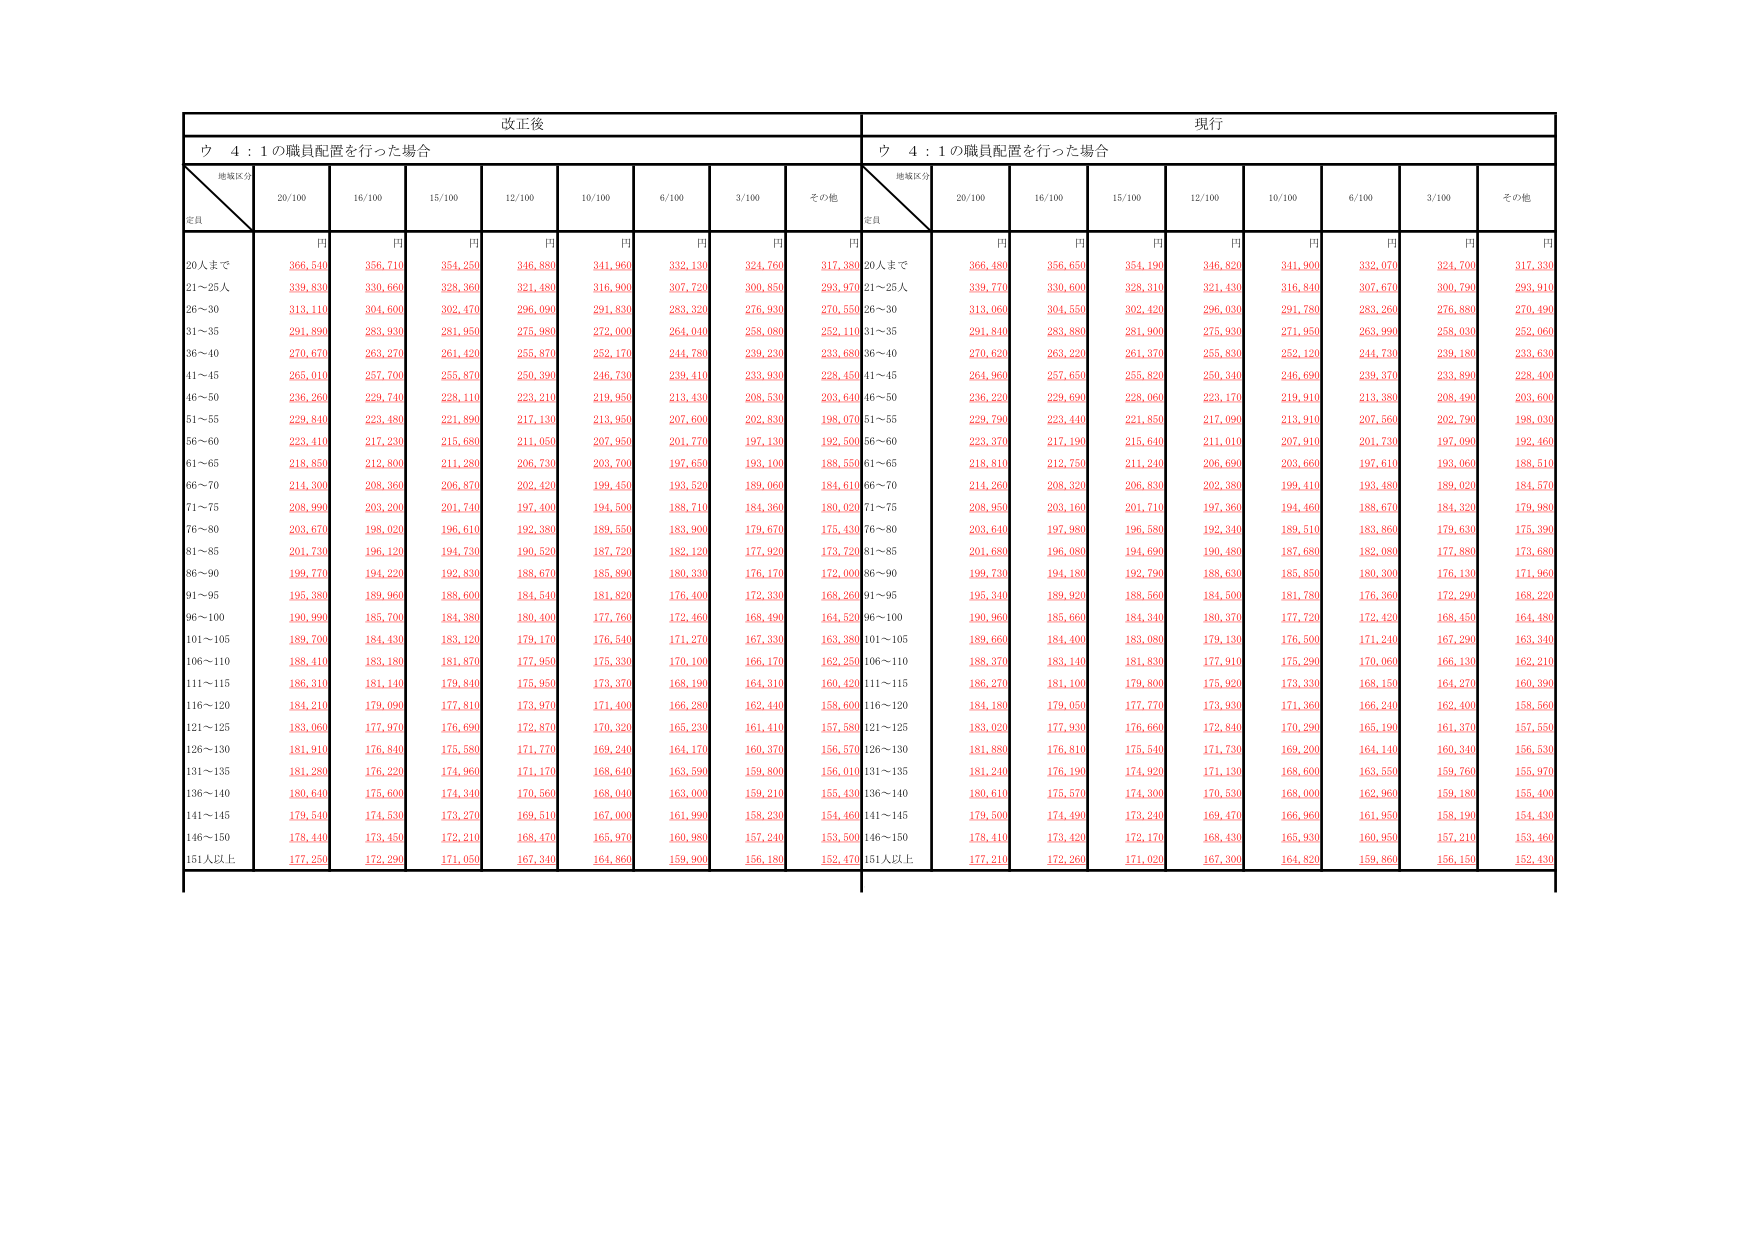
改正後
現行
ウ 4：1の職員配置を行った場合
ウ 4：1の職員配置を行った場合
地域区分
定員
20/100
16/100
15/100
12/100
10/100
6/100
3/100
その他
地域区分
定員
20/100
16/100
15/100
12/100
10/100
6/100
3/100
その他
円
円
円
円
円
円
円
円
円
円
円
円
円
円
円
円
円
円
20人まで
366,540
356,710
354,250
346,880
341,960
332,130
324,760
317,380
20人まで
366,480
356,650
354,190
346,820
341,900
332,070
324,700
317,330
21～25人
339,830
330,660
328,360
321,480
316,960
307,720
300,850
293,970
21～25人
339,770
330,600
328,310
321,430
316,840
307,670
300,790
293,910
26～30
313,110
304,600
302,470
296,090
291,830
283,320
276,930
270,550
26～30
313,060
304,550
302,420
296,030
291,780
283,260
276,880
270,490
31～35
291,890
283,930
281,950
275,980
272,000
264,040
258,080
252,110
31～35
291,840
283,880
281,900
275,930
271,950
263,990
258,030
252,060
36～40
270,670
263,270
261,420
255,870
252,170
244,780
239,230
233,680
36～40
270,620
263,220
261,370
255,830
252,120
244,730
239,180
233,630
41～45
265,010
257,700
255,870
250,390
246,730
239,410
233,930
228,450
41～45
264,960
257,650
255,820
250,340
246,690
239,370
233,890
228,400
46～50
236,260
229,740
228,110
223,210
219,950
213,430
208,530
203,640
46～50
236,220
229,690
228,060
223,170
219,910
213,380
208,490
203,600
51～55
229,840
223,480
221,890
217,130
213,950
207,600
202,830
198,070
51～55
229,790
223,440
221,850
217,090
213,910
207,560
202,790
198,030
56～60
223,410
217,230
215,680
211,050
207,950
201,770
197,130
192,500
56～60
223,370
217,190
215,640
211,010
207,910
201,730
197,090
192,460
61～65
218,850
212,800
211,280
206,730
203,700
197,650
193,100
188,550
61～65
218,810
212,750
211,240
206,690
203,660
197,610
193,060
188,510
66～70
214,300
208,360
206,870
202,420
199,450
193,520
189,060
184,610
66～70
214,260
208,320
206,830
202,380
199,410
193,480
189,020
184,570
71～75
208,990
203,200
201,740
197,400
194,500
188,710
184,360
180,020
71～75
208,950
203,160
201,710
197,360
194,460
188,670
184,320
179,980
76～80
203,670
198,020
196,610
192,380
189,550
183,900
179,670
175,430
76～80
203,640
197,980
196,580
192,340
189,510
183,860
179,630
175,390
81～85
201,730
196,120
194,730
190,520
187,720
182,120
177,920
173,720
81～85
201,680
196,080
194,690
190,480
187,680
182,080
177,880
173,680
86～90
199,770
194,220
192,830
188,670
185,890
180,330
176,170
172,000
86～90
199,730
194,180
192,790
188,630
185,850
180,300
176,130
171,960
91～95
195,380
189,960
188,600
184,540
181,820
176,400
172,330
168,260
91～95
195,340
189,920
188,560
184,500
181,780
176,360
172,290
168,220
96～100
190,990
185,700
184,380
180,400
177,760
172,460
168,490
164,520
96～100
190,960
185,660
184,340
180,370
177,720
172,420
168,450
164,480
101～105
189,700
184,430
183,120
179,170
176,540
171,270
167,330
163,380
101～105
189,660
184,400
183,080
179,130
176,500
171,240
167,290
163,340
106～110
188,410
183,180
181,870
177,950
175,330
170,100
166,170
162,250
106～110
188,370
183,140
181,830
177,910
175,290
170,060
166,130
162,210
111～115
186,310
181,140
179,840
175,950
173,370
168,190
164,310
160,420
111～115
186,270
181,100
179,800
175,920
173,330
168,150
164,270
160,390
116～120
184,210
179,090
177,810
173,970
171,400
166,280
162,440
158,600
116～120
184,180
179,050
177,770
173,930
171,360
166,240
162,400
158,560
121～125
183,060
177,970
176,690
172,870
170,320
165,230
161,410
157,580
121～125
183,020
177,930
176,660
172,840
170,290
165,190
161,370
157,550
126～130
181,910
176,840
175,580
171,770
169,240
164,170
160,370
156,570
126～130
181,880
176,810
175,540
171,730
169,200
164,140
160,340
156,530
131～135
181,280
176,220
174,960
171,170
168,640
163,590
159,800
156,010
131～135
181,240
176,190
174,920
171,130
168,600
163,550
159,760
155,970
136～140
180,640
175,600
174,340
170,560
168,040
163,000
159,210
155,430
136～140
180,610
175,570
174,300
170,530
168,000
162,960
159,180
155,400
141～145
179,540
174,530
173,270
169,510
167,000
161,990
158,230
154,460
141～145
179,500
174,490
173,240
169,470
166,960
161,950
158,190
154,430
146～150
178,440
173,450
172,210
168,470
165,970
160,980
157,240
153,500
146～150
178,410
173,420
172,170
168,430
165,930
160,950
157,210
153,460
151人以上
177,250
172,290
171,050
167,340
164,860
159,900
156,180
152,470
151人以上
177,210
172,260
171,020
167,300
164,820
159,860
156,150
152,430